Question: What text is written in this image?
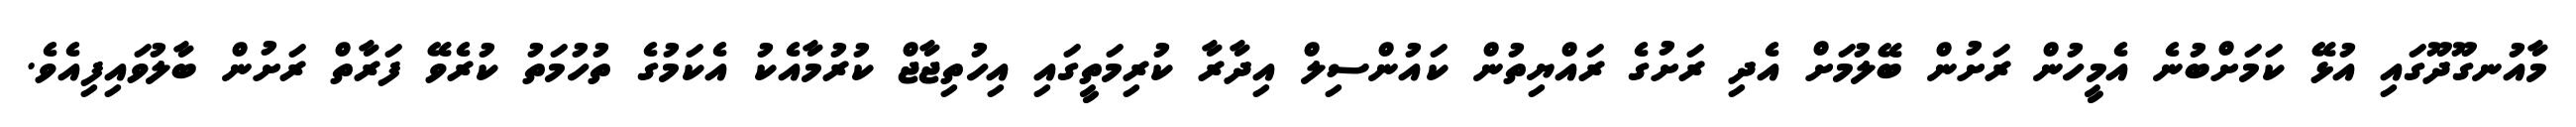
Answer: މާއުނގޫދޫގައި އުޅޭ ކަމަށްބުނެ އެމީހުން ރަށުން ބޭލުމަށް އެދި ރަށުގެ ރައްޔިތުން ކައުންސިލް އިދާރާ ކުރިމަތީގައި އިހުތިޖާޖް ކުރުމާއެކު އެކަމުގެ ތުހުމަތު ކުރެވޭ ފަރާތް ރަށުން ބާލުވައިފިއެވެ.